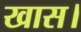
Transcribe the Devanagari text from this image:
खास।